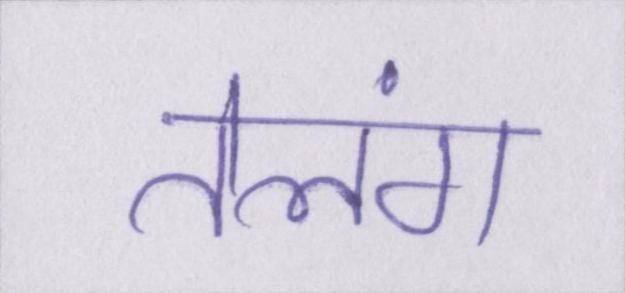
तेलंग